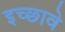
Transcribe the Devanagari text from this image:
इच्छावे